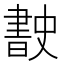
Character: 𭨡